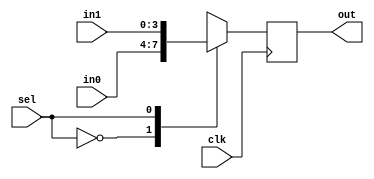

//MUX:
module mux #(parameter length=4)(
  input clk,
  input sel,
  input wire [length-1:0] in0, in1,
  output reg [length-1:0] out
);

always@(posedge clk) begin
  case(sel)
    'd0: out <= in0;
    'd1: out <= in1;
    default: out <= {length{1'bx}};
  endcase
end

endmodule